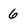
Character: 6